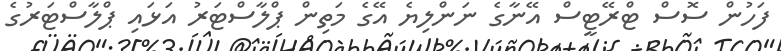
ފަހުން ސޮސް ޓްރޭޓީސް އޭނާގެ ނަންލިޔެ އޭގެ މަތިން ޕްލާސްޓަރު އަޅައި ޕްލާސްޓަރުގެ